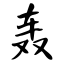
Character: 轰